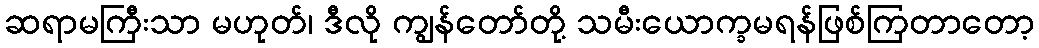
ဆရာမကြီးသာ မဟုတ်၊ ဒီလို ကျွန်တော်တို့ သမီးယောက္ခမရန်ဖြစ်ကြတာတော့